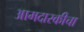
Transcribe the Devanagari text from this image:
आमदारकीचा